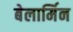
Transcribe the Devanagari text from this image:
बेलार्मिन